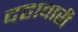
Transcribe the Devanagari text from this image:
दहावारी